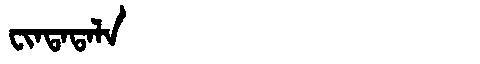
Manchu: ᠸᡳᠨᡨᠠᡨᠠᠯᠠ
Romanization: FINTATALA